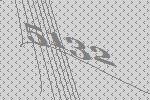
5132